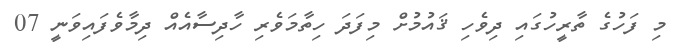
މި ފަހުގެ ތާރީހުގައި ދިވެހި ޤައުމުށް މިފަދަ ހިތާމަވެރި ހާދިސާއެއް ދިމާވެފައިވަނީ 07